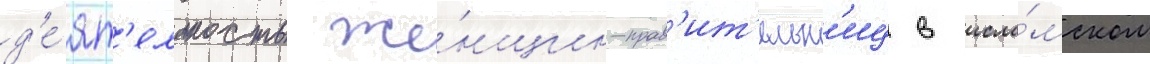
д'е́ят'ельность же́нщин-прав'ит'ельн'иц в исла́мском